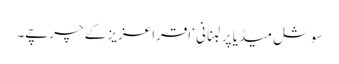
سوشل میڈیا پر لبنانی ‘اقرا عزیز کے چرچے۔